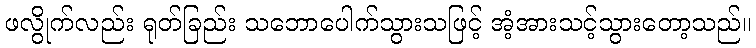
ဖလွိုက်လည်း ရုတ်ခြည်း သဘောပေါက်သွားသဖြင့် အံ့အားသင့်သွားတော့သည်။